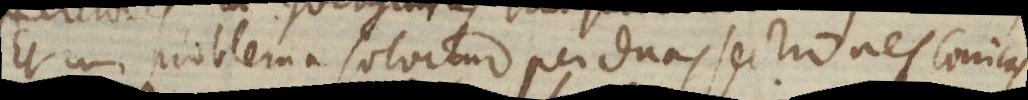
Et _ problema solvitur per duas sectiones conicas